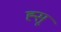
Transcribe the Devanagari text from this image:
ह्सू